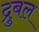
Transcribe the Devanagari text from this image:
द्रुबल